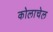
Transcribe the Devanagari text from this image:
कोलाचेल